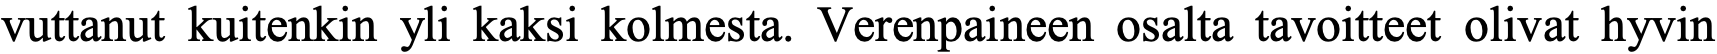
vuttanut kuitenkin yli kaksi kolmesta. Verenpaineen osalta tavoitteet olivat hyvin